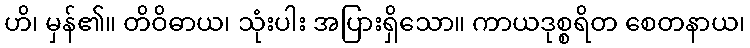
ဟိ၊ မှန်၏။ တိဝိဓာယ၊ သုံးပါး အပြားရှိသော။ ကာယဒုစ္စရိတ စေတနာယ၊